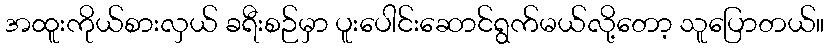
အထူးကိုယ်စားလှယ် ခရီးစဉ်မှာ ပူးပေါင်းဆောင်ရွက်မယ်လို့တော့ သူပြောတယ်။